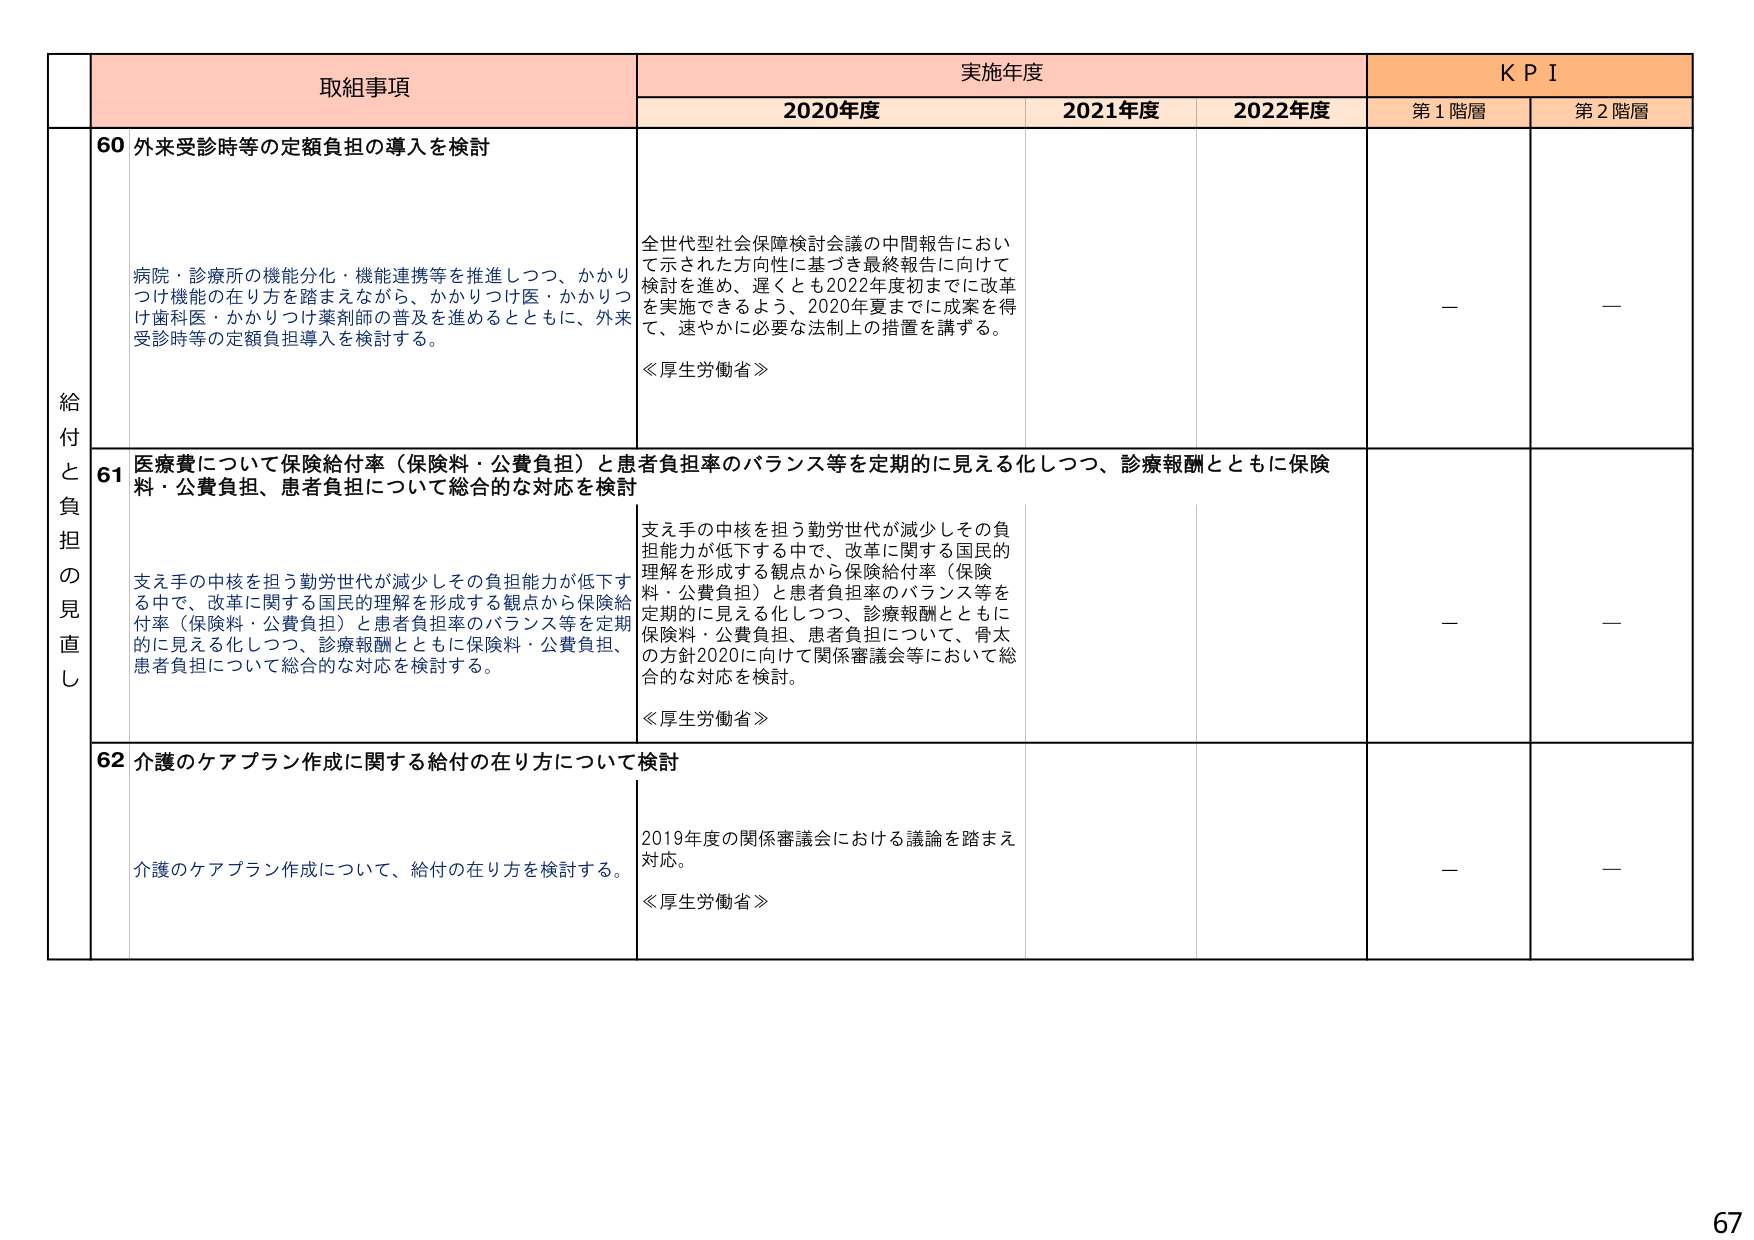
取組事項
実施年度
K P I
2020年度
2021年度
2022年度
第1階層
第2階層
給付と負担の見直し
60 外来受診時等の定額負担の導入を検討
病院・診療所の機能分化・機能連携等を推進しつつ、かかりつけ機能の在り方を踏まえながら、かかりつけ医・かかりつけ歯科医・かかりつけ薬剤師の普及を進めるとともに、外来受診時等の定額負担導入を検討する。
全世代型社会保障検討会議の中間報告において示された方向性に基づき最終報告に向けて検討を進め、遅くとも2022年度初までに改革を実施できるよう、2020年夏までに成案を得て、速やかに必要な法制上の措置を講ずる。
≪厚生労働省≫
—
—
61 医療費について保険給付率（保険料・公費負担）と患者負担率のバランス等を定期的に見える化しつつ、診療報酬とともに保険料・公費負担、患者負担について総合的な対応を検討
支え手の中核を担う勤労世代が減少しその負担能力が低下する中で、改革に関する国民的理解を形成する観点から保険給付率（保険料・公費負担）と患者負担率のバランス等を定期的に見える化しつつ、診療報酬とともに保険料・公費負担、患者負担について総合的な対応を検討する。
支え手の中核を担う勤労世代が減少しその負担能力が低下する中で、改革に関する国民的理解を形成する観点から保険給付率（保険料・公費負担）と患者負担率のバランス等を定期的に見える化しつつ、診療報酬とともに保険料・公費負担、患者負担について、骨太の方針2020に向けて関係審議会等において総合的な対応を検討。
≪厚生労働省≫
—
—
62 介護のケアプラン作成に関する給付の在り方について検討
介護のケアプラン作成について、給付の在り方を検討する。
2019年度の関係審議会における議論を踏まえ対応。
≪厚生労働省≫
—
—
67